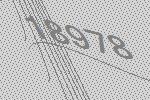
18978